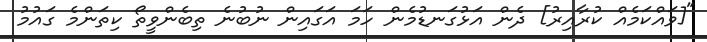
"[ވައްކަމެއް ކުރާއިރު] ދެން އަޅުގަނޑުމެން ހަމަ އަގައިން ނުބުނެ ތިބެންވީތޯ ކިތަންމެ ގައުމު